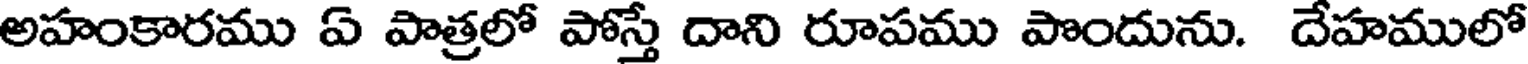
అహంకారము ఏ పాత్రలో పోస్తే దాని రూపము పొందును. దేహములో